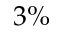
3 \%